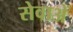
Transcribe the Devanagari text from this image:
सेवाअें